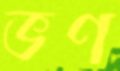
ভণ